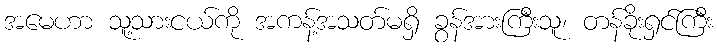
အမေဟာ သူ့သားငယ်ကို အကန့်အသတ်မရှိ ခွန်အားကြီးသူ၊ တန်ခိုးရှင်ကြီး